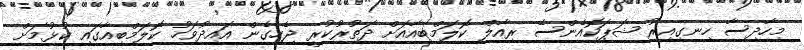
މިހާދިސާ ހިނގިއިރު ޝަޕަކޮއެންސޭ ރިއާލް ކޮލަމްބިއާއަށް ދަތުރުކުރީ ޖެހިގެން އައިދުވަހު ކޮލަމްބިއާގައި ކުޅުމަށް